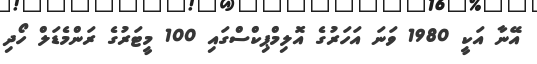
އޭނާ އަކީ 1980 ވަނަ އަހަރުގެ އޮލިމްޕިކްސްގައި 100 މީޓަރުގެ ރަންމެޑަލް ހޯދި